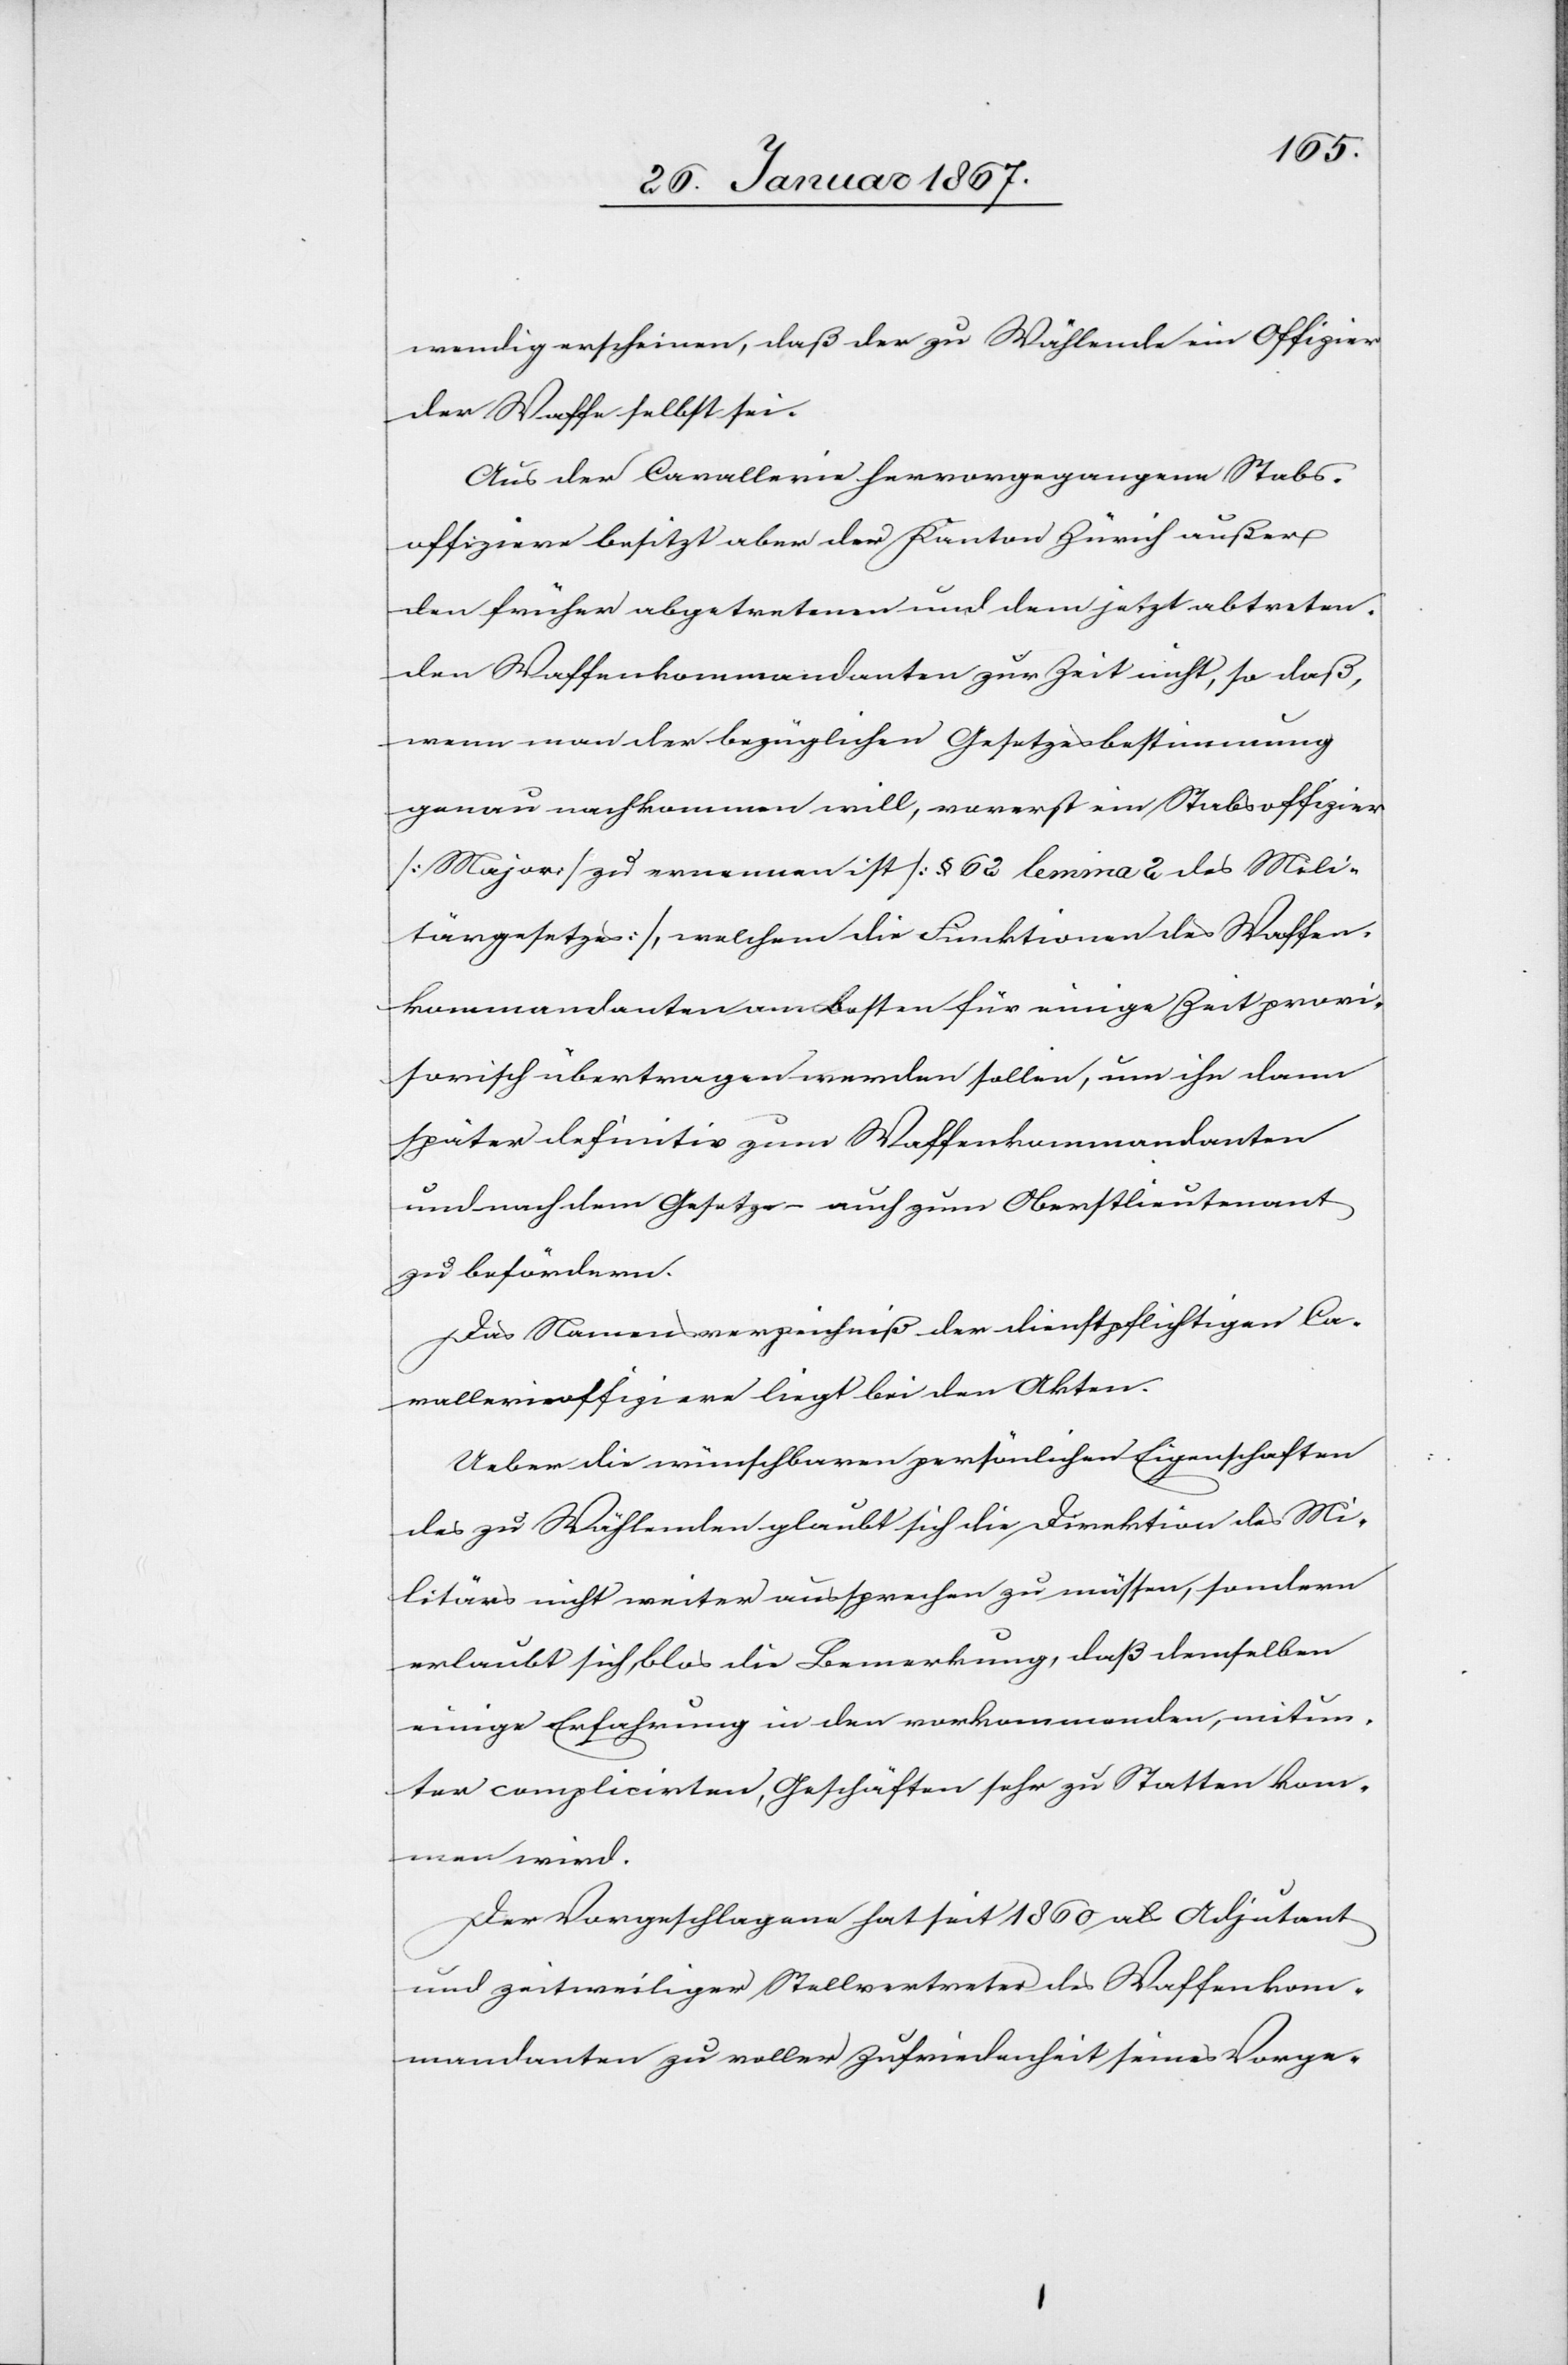
wendig erscheinen, daß der zu Wählende ein Offizier
der Waffe selbst sei.
Aus der Cavallerie hervorgegangene Stabs¬
offiziere besitzt aber der Kanton Zürich außer
den früher abgetretenen und dem jetzt abtreten¬
den Waffenkommandanten zur Zeit nicht, so daß,
wenn man der bezüglichen Gesetzesbestimmung
genau nachkommen will, vorerst ein Stabsoffizier
(Major) zu ernennen ist (§ 62 lemma 2 des Mili¬
tärgesetzes) welchem die Funktionen des Waffen¬
kommandanten am Besten für einige Zeit provi¬
sorisch übertragen werden sollen, um ihn dann
später definitiv zum Waffenkommandanten
und nach dem Gesetze auch zum Oberstlieutnant
zu befördern.
Das Namensverzeichniß der dienspflichtigen Ca¬
vallerieoffiziere liegt bei den Akten.
Ueber die wünschbaren persönlichen Eigenschaften
des zu Wählenden glaubt sich die Direktion des Mi¬
litärs nicht weiter aussprechen zu müssen, sondern
erlaubt sich, blos die Bemerkung, daß demselben
einige Erfahrung in den vorkommenden, mitun¬
ter complicirten, Geschäften sehr zu Statten kom¬
men wird.
Der Vorgeschlagene hat seit 1860 als Adjutant
und zeitweiliger Stellvertreter des Waffenkom¬
mandanten zu voller Zufriedenheit seines Vorge-